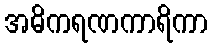
အဓိကရဏကာရိကာ